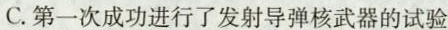
C.第一次成功进行了发射导弹核武器的试验